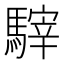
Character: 䮨